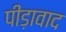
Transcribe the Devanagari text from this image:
पीड़ावाद